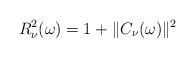
LaTeX: \begin{align*}R_\nu^2(\omega)=1+\|C_\nu(\omega)\|^2\end{align*}